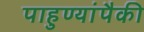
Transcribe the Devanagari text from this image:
पाहुण्यांपैकी